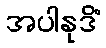
အပါနုဒိံ